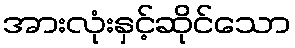
အားလုံးနှင့်ဆိုင်သော